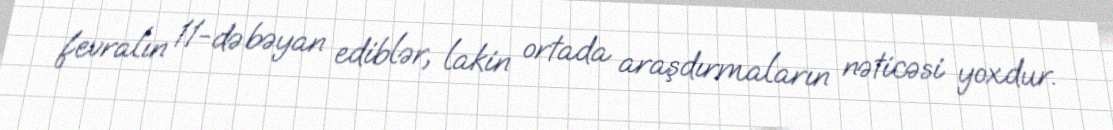
fevralın 11-də bəyan ediblər, lakin ortada araşdırmaların nəticəsi yoxdur.